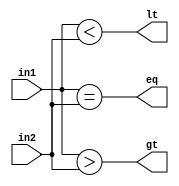
module COMPARATOR(lt, gt, eq, in1, in2);
	input[15:0] in1, in2;
	output lt, gt, eq;
	
	assign lt = (in1 < in2);
	assign gt = (in1 > in2);
	assign eq = (in1 == in2);
endmodule